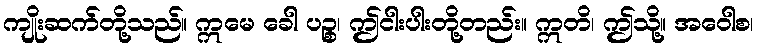
ကျိုးဆက်တို့သည်။ ဣမေ ခေါ ပဉ္စ၊ ဤငါးပါးတို့တည်း။ ဣတိ၊ ဤသို့။ အဝေါစ၊